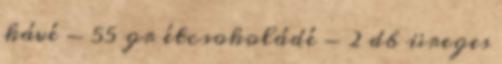
kávé - 55 gr étcsokoládé - 2 db üreges